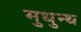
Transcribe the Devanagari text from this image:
मुधुन्थ